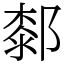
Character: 䣛